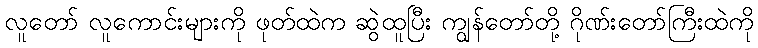
လူတော် လူကောင်းများကို ဖုတ်ထဲက ဆွဲထူပြီး ကျွန်တော်တို့ ဂိုဏ်းတော်ကြီးထဲကို